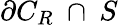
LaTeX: \partial C_{R}~\cap~S